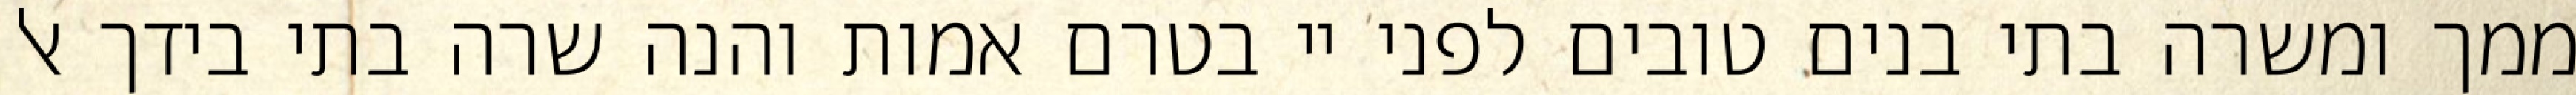
ממך ומשרה בתי בנים טובים לפני יי בטרם אמות והנה שרה בתי בידך אל